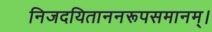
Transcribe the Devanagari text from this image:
निजदयिताननरूपसमानम्।